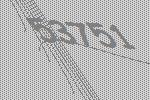
53751